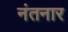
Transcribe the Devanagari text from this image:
नंतनार